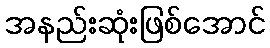
အနည်းဆုံးဖြစ်အောင်